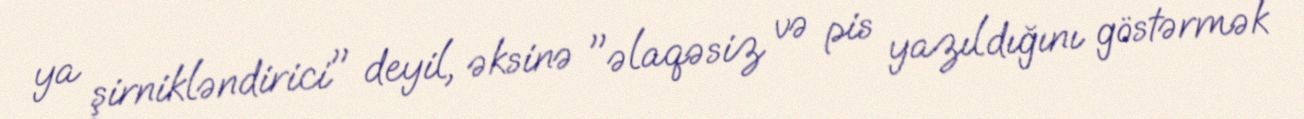
ya şirnikləndirici" deyil, əksinə "əlaqəsiz və pis yazıldığını göstərmək